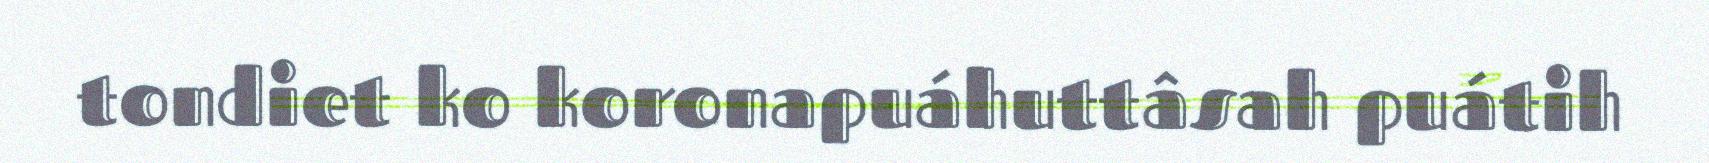
tondiet ko koronapuáhuttâsah puátih